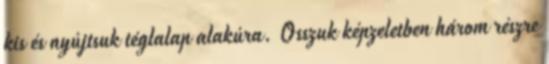
kis és nyújtsuk téglalap alakúra. Osszuk képzeletben három részre